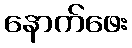
နောက်ဖေး